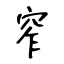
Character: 窄